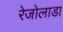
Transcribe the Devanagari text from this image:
रेजोलाडा